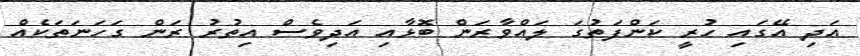
އަދި އޭގައި ހުރީ ކަންފަތުގަ ލައްވާރަން ބޮޅާއި އަދިވެސް އިތުރު ރަން ގަހަނަތަކެއް